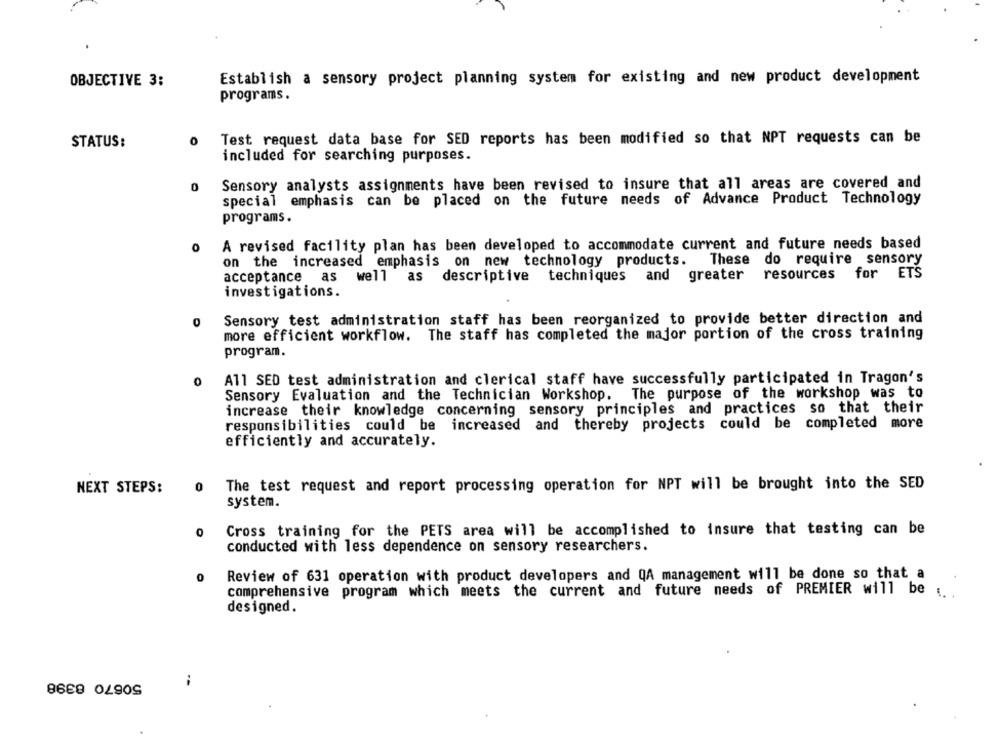
Establish a sensory project planning system for existing and new product development
OBJECTIVE 3:
programs.
0
Test request data base for SED reports has been modified so that NPT requests can be
STATUS:
included for searching purposes.
Sensory analysts assignments have been revised to insure that all areas are covered and
0
special emphasis can be placed on the future needs of Advance Product Technology
programs.
0
A revised facility plan has been developed to accommodate current and future needs based
on the increased emphasis on new technology products. These do require sensory
resources for ETS
acceptance as
well as descriptive techniques and greater
investigations.
Sensory test administration staff has been reorganized to provide better direction and
0
more efficient workflow. The staff has completed the major portion of the cross training
program.
o All SED test administration and clerical staff have successfully participated in Tragon's
The purpose of the workshop was to
Sensory Evaluation and the Technician Workshop.
increase their knowledge concerning sensory principles and practices so that their
responsibilities could be increased and thereby projects could be completed more
efficiently and accurately.
NEXT STEPS:
The test request and report processing operation for NPT will be brought into the SED
system.
0
Cross training for the PETS area will be accomplished to insure that testing can be
conducted with less dependence on sensory researchers.
0
Review of 631 operation with product developers and QA management will be done so that a
comprehensive program which meets the current and future needs of PREMIER will be ;
designed.
50670 8398
--